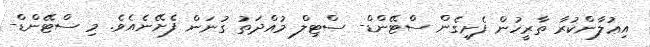
އިޢުލާންކުރާ ތާރީހުން ފެށިގެން ސްޓޭންޑް- ސްޓިލް މުއްދަތު ގުނަން ފެށޭނެއެވެ. މި ސްޓޭންޑް-